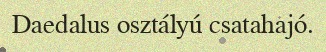
Daedalus osztályú csatahajó.